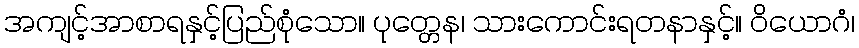
အကျင့်အာစာရနှင့်ပြည်စုံသော။ ပုတ္တေန၊ သားကောင်းရတနာနှင့်။ ဝိယောဂံ၊